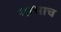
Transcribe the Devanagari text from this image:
गाभाच